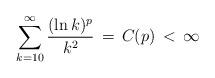
LaTeX: \begin{align*}\sum_{k=10}^\infty \frac{(\ln k)^p}{k^2}\, =\, C(p)\, <\,\infty \end{align*}